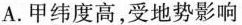
A. 甲纬度高，受地势影响